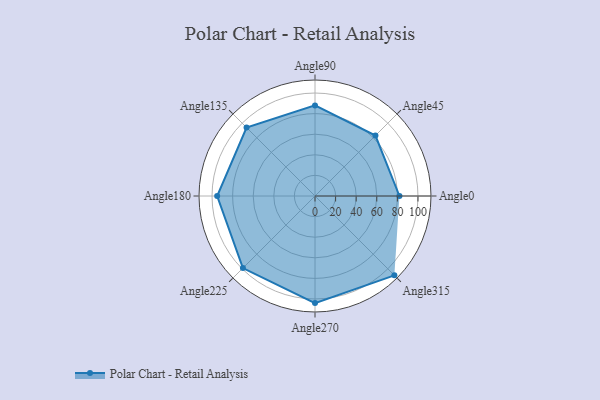
{"axis": {"x": "Angle", "y": "Radius"}, "legend": [""], "data": [{"x": "Angle0", "y": 82.0, "type": ""}, {"x": "Angle45", "y": 83.0, "type": ""}, {"x": "Angle90", "y": 88.0, "type": ""}, {"x": "Angle135", "y": 94.0, "type": ""}, {"x": "Angle180", "y": 95.0, "type": ""}, {"x": "Angle225", "y": 99.0, "type": ""}, {"x": "Angle270", "y": 104.0, "type": ""}, {"x": "Angle315", "y": 109.0, "type": ""}]}